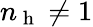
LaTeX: n_{\mathrm{~h~}}\neq 1